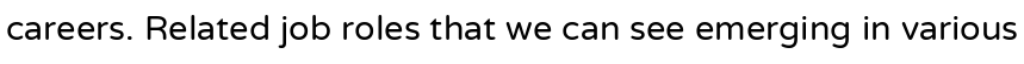
careers. Related job roles that we can see emerging in various